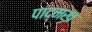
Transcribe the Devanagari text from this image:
पाद्मख